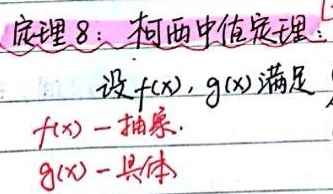
定理8：柯西中值定理：设\(f(x),g(x)\)满足，\(f(x)\)为抽象函数，\(g(x)\)为具体函数。